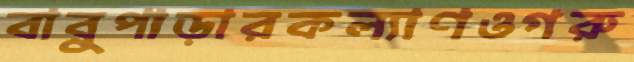
বাবুপাড়ারকল্যাণওগরু